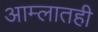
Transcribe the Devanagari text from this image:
आम्लातही